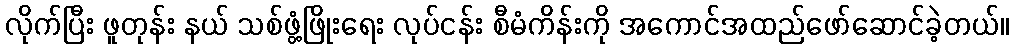
လိုက်ပြီး ဖူတုန်း နယ် သစ်ဖွံ့ဖြိုးရေး လုပ်ငန်း စီမံကိန်းကို အကောင်အထည်ဖော်ဆောင်ခဲ့တယ်။